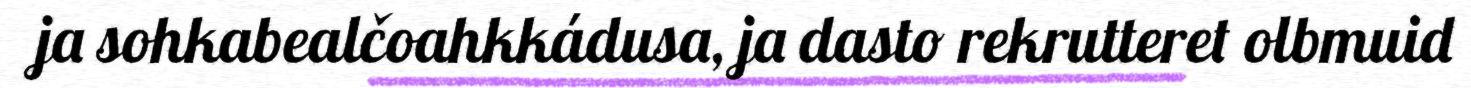
ja sohkabealčoahkkádusa, ja dasto rekrutteret olbmuid